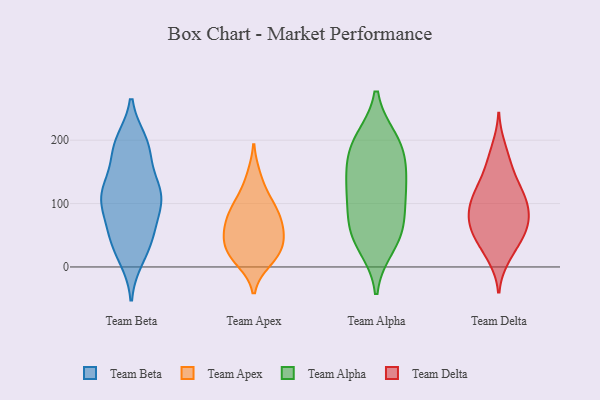
{"axis": {"x": "Energy Usage (MWh)", "y": "Value"}, "legend": ["Team Alpha", "Team Apex", "Team Beta", "Team Delta"], "data": [{"x": "", "y": 119, "type": "Team Beta"}, {"x": "", "y": 117, "type": "Team Beta"}, {"x": "", "y": 130, "type": "Team Beta"}, {"x": "", "y": 105, "type": "Team Beta"}, {"x": "", "y": 38, "type": "Team Beta"}, {"x": "", "y": 185, "type": "Team Beta"}, {"x": "", "y": 184, "type": "Team Beta"}, {"x": "", "y": 21, "type": "Team Beta"}, {"x": "", "y": 48, "type": "Team Beta"}, {"x": "", "y": 196, "type": "Team Beta"}, {"x": "", "y": 197, "type": "Team Beta"}, {"x": "", "y": 108, "type": "Team Beta"}, {"x": "", "y": 73, "type": "Team Beta"}, {"x": "", "y": 15, "type": "Team Beta"}, {"x": "", "y": 116, "type": "Team Beta"}, {"x": "", "y": 183, "type": "Team Beta"}, {"x": "", "y": 68, "type": "Team Beta"}, {"x": "", "y": 53, "type": "Team Beta"}, {"x": "", "y": 108, "type": "Team Beta"}, {"x": "", "y": 120, "type": "Team Beta"}, {"x": "", "y": 142, "type": "Team Apex"}, {"x": "", "y": 46, "type": "Team Apex"}, {"x": "", "y": 58, "type": "Team Apex"}, {"x": "", "y": 20, "type": "Team Apex"}, {"x": "", "y": 20, "type": "Team Apex"}, {"x": "", "y": 77, "type": "Team Apex"}, {"x": "", "y": 102, "type": "Team Apex"}, {"x": "", "y": 79, "type": "Team Apex"}, {"x": "", "y": 10, "type": "Team Apex"}, {"x": "", "y": 57, "type": "Team Apex"}, {"x": "", "y": 101, "type": "Team Apex"}, {"x": "", "y": 31, "type": "Team Apex"}, {"x": "", "y": 62, "type": "Team Alpha"}, {"x": "", "y": 139, "type": "Team Alpha"}, {"x": "", "y": 51, "type": "Team Alpha"}, {"x": "", "y": 178, "type": "Team Alpha"}, {"x": "", "y": 104, "type": "Team Alpha"}, {"x": "", "y": 120, "type": "Team Alpha"}, {"x": "", "y": 200, "type": "Team Alpha"}, {"x": "", "y": 200, "type": "Team Alpha"}, {"x": "", "y": 126, "type": "Team Alpha"}, {"x": "", "y": 176, "type": "Team Alpha"}, {"x": "", "y": 34, "type": "Team Alpha"}, {"x": "", "y": 61, "type": "Team Alpha"}, {"x": "", "y": 142, "type": "Team Delta"}, {"x": "", "y": 104, "type": "Team Delta"}, {"x": "", "y": 170, "type": "Team Delta"}, {"x": "", "y": 52, "type": "Team Delta"}, {"x": "", "y": 42, "type": "Team Delta"}, {"x": "", "y": 49, "type": "Team Delta"}, {"x": "", "y": 99, "type": "Team Delta"}, {"x": "", "y": 119, "type": "Team Delta"}, {"x": "", "y": 14, "type": "Team Delta"}, {"x": "", "y": 116, "type": "Team Delta"}, {"x": "", "y": 57, "type": "Team Delta"}, {"x": "", "y": 149, "type": "Team Delta"}, {"x": "", "y": 81, "type": "Team Delta"}, {"x": "", "y": 113, "type": "Team Delta"}, {"x": "", "y": 67, "type": "Team Delta"}, {"x": "", "y": 189, "type": "Team Delta"}, {"x": "", "y": 71, "type": "Team Delta"}, {"x": "", "y": 78, "type": "Team Delta"}, {"x": "", "y": 93, "type": "Team Delta"}, {"x": "", "y": 20, "type": "Team Delta"}]}